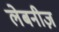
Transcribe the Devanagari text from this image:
लेबनीज़